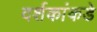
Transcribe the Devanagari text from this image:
दर्शकांकडे